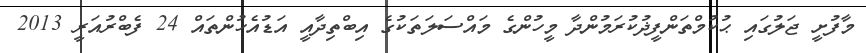
މާފުށީ ޖަލުގައި ޙުކުމްތަންފީޛުކުރަމުންދާ މީހުންގެ މައްސަލަތަކުގެ އިބްތިދާއީ އަޑުއެހުންތައް 24 ފެބްރުއަރީ 2013